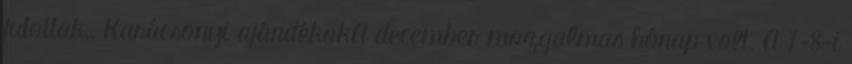
jutottak,. Karácsonyi ajándékokA december mozgalmas hónap volt. A 7-8-i